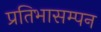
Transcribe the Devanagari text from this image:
प्रतिभासम्पन